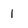
Character: 1